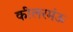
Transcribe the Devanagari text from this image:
कीलरमंऊ